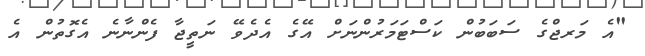
"އެ މަރޖްގެ ސަބަބުން ކަސްޓަމަރުންނަށް އޭގެ އެދެވޭ ނަތީޖާ ފެންނާނެ އެގޮތުން އެ